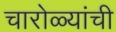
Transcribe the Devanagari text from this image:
चारोळ्यांची